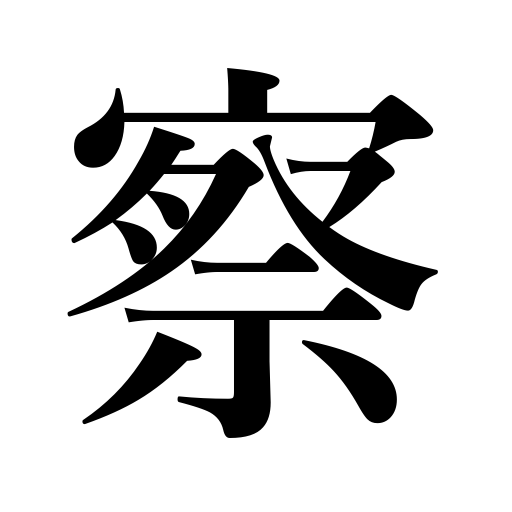
Meanings: sympathize with,understand,presume,surmise,imaging,judge,suppose,realize